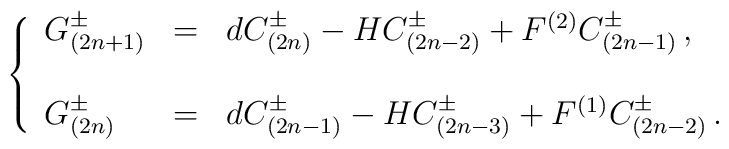
\left\{\begin{array}{lcl}G^{\pm}_{(2n+1)} & = & dC^{\pm}_{(2n)} -HC^{\pm}_{(2n-2)} +F^{(2)} C^{\pm}_{(2n-1)}\, ,\\& & \\G^{\pm}_{(2n)} & = & dC^{\pm}_{(2n-1)} -HC^{\pm}_{(2n-3)} +F^{(1)} C^{\pm}_{(2n-2)}\, .\\\end{array}\right.